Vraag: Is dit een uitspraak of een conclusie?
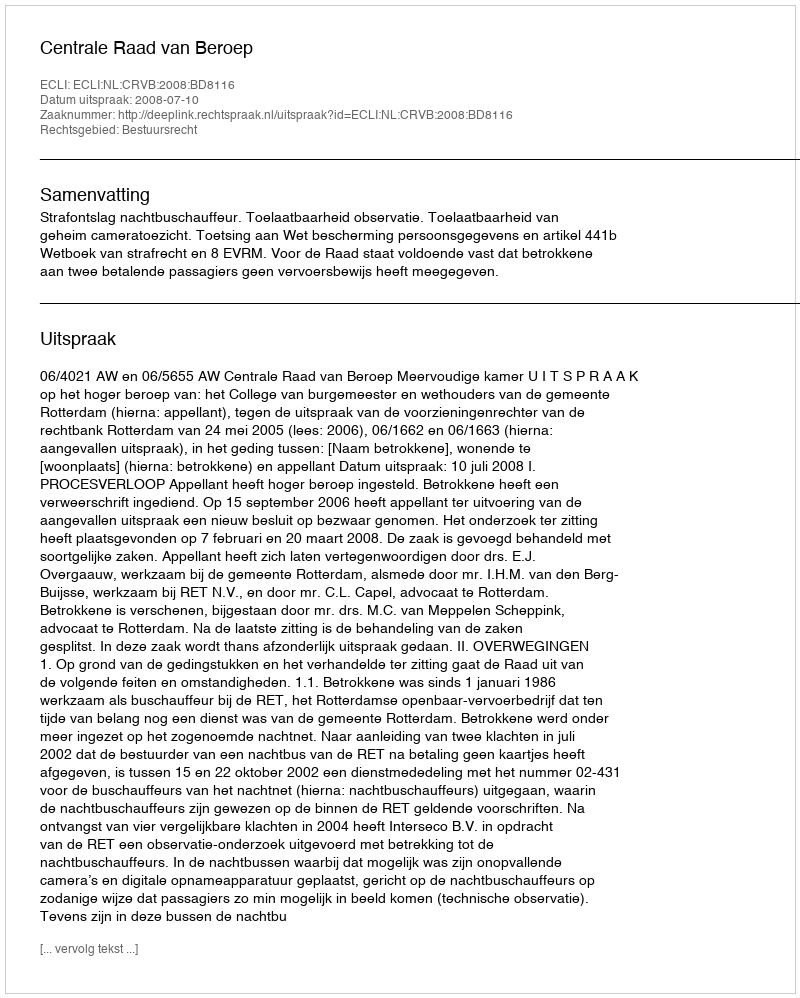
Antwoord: Uitspraak